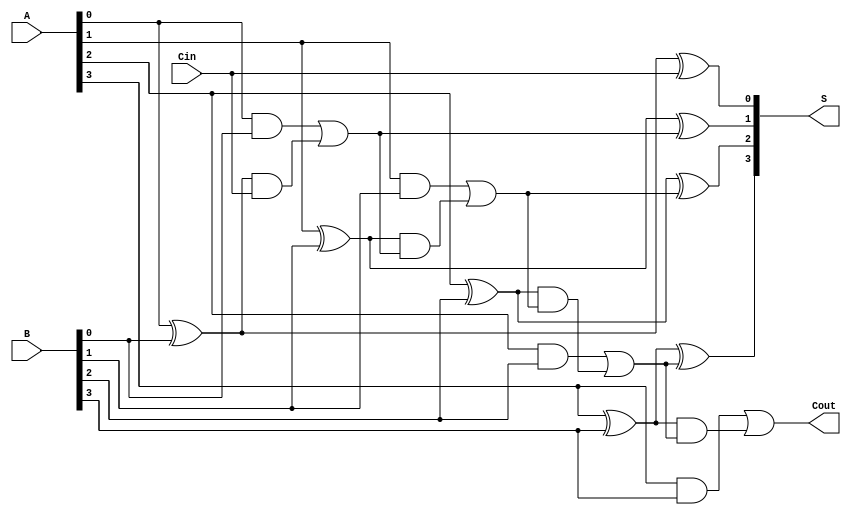
module SklanskyAdder #(parameter N = 4) (
    input  [N-1:0] A,      // First input
    input  [N-1:0] B,      // Second input
    input         Cin,      // Carry-in
    output [N-1:0] S,      // Sum output
    output        Cout      // Carry-out
);

    // Generate and Propagate signals
    wire [N-1:0] G; // Generate
    wire [N-1:0] P; // Propagate
    wire [N:0] C;    // Carry signals

    // Generate and Propagate calculations
    genvar i;
    generate
        for (i = 0; i < N; i = i + 1) begin : gen_prop
            assign G[i] = A[i] & B[i];        // Generate: G[i] = A[i] * B[i]
            assign P[i] = A[i] ^ B[i];        // Propagate: P[i] = A[i] XOR B[i]
        end
    endgenerate

    // Carry calculations
    assign C[0] = Cin; // Initial carry-in
    generate
        for (i = 0; i < N; i = i + 1) begin : carry_gen
            if (i == 0) begin
                assign C[i + 1] = G[i] | (P[i] & C[i]); // C[1] = G[0] + P[0] * C[0]
            end else begin
                assign C[i + 1] = G[i] | (P[i] & C[i]); // C[i + 1] = G[i] + P[i] * C[i]
            end
        end
    endgenerate

    // Sum calculations
    generate
        for (i = 0; i < N; i = i + 1) begin : sum_calc
            assign S[i] = P[i] ^ C[i]; // S[i] = P[i] XOR C[i]
        end
    endgenerate

    // Final carry-out
    assign Cout = C[N]; // Carry-out is the last carry signal

endmodule